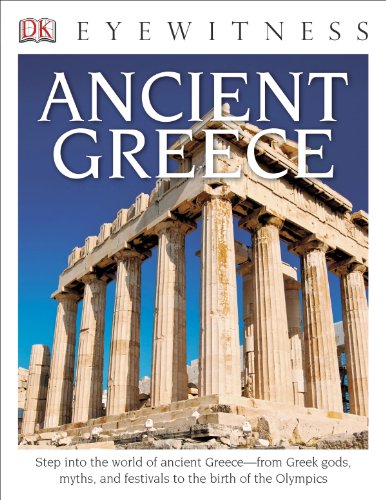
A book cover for DK Eyewitness Books: Ancient Greece; Anne Pearson; Children's Books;